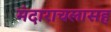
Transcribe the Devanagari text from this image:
मंदाराचलासह